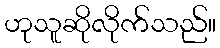
ဟုသူဆိုလိုက်သည်။